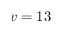
v = 1 3